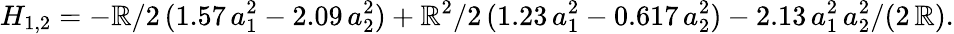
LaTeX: H_{1,2}=-\mathbb{R}/2\, (1.57\, a_{1}^{2}-2.09\, a_{2}^{2})+\mathbb{R}^{2}/2\, (1.23\, a_{1}^{2}-0.617\, a_{2}^{2})-2.13\, a_{1}^{2}\, a_{2}^{2}/(2\, \mathbb{R}).